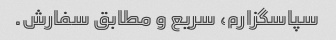
سپاسگزارم، سریع و مطابق سفارش.